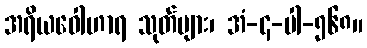
အရိယဝေါဟာရ သုတ်များ၊ အံ-၄-ပါ-၅၆၈။